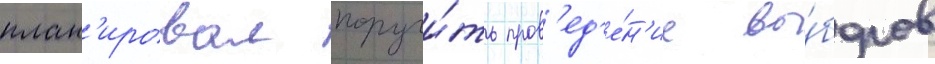
план'ировал поручи́ть пров'ед'е́н'ие вы́боров